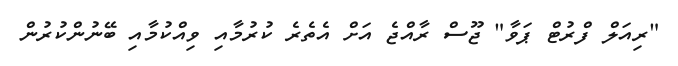
"ރިއަލް ފްރުޓް ޕަވާ" ޖޫސް ރާއްޖެ އަށް އެތެރެ ކުރުމާއި ވިއްކުމާއި ބޭނުންކުރުން